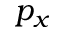
p _ { x }